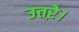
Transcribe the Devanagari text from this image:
उतऱे।